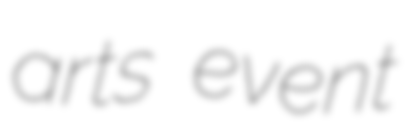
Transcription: arts event